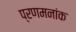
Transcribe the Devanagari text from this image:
प्रणमनांक